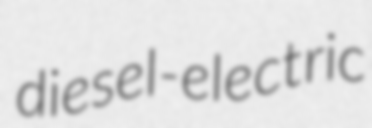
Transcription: diesel-electric